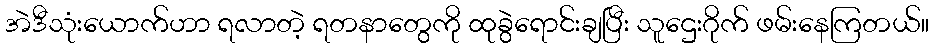
အဲဒီသုံးယောက်ဟာ ရလာတဲ့ ရတနာတွေကို ထုခွဲရောင်းချပြီး သူဌေးဂိုက် ဖမ်းနေကြတယ်။